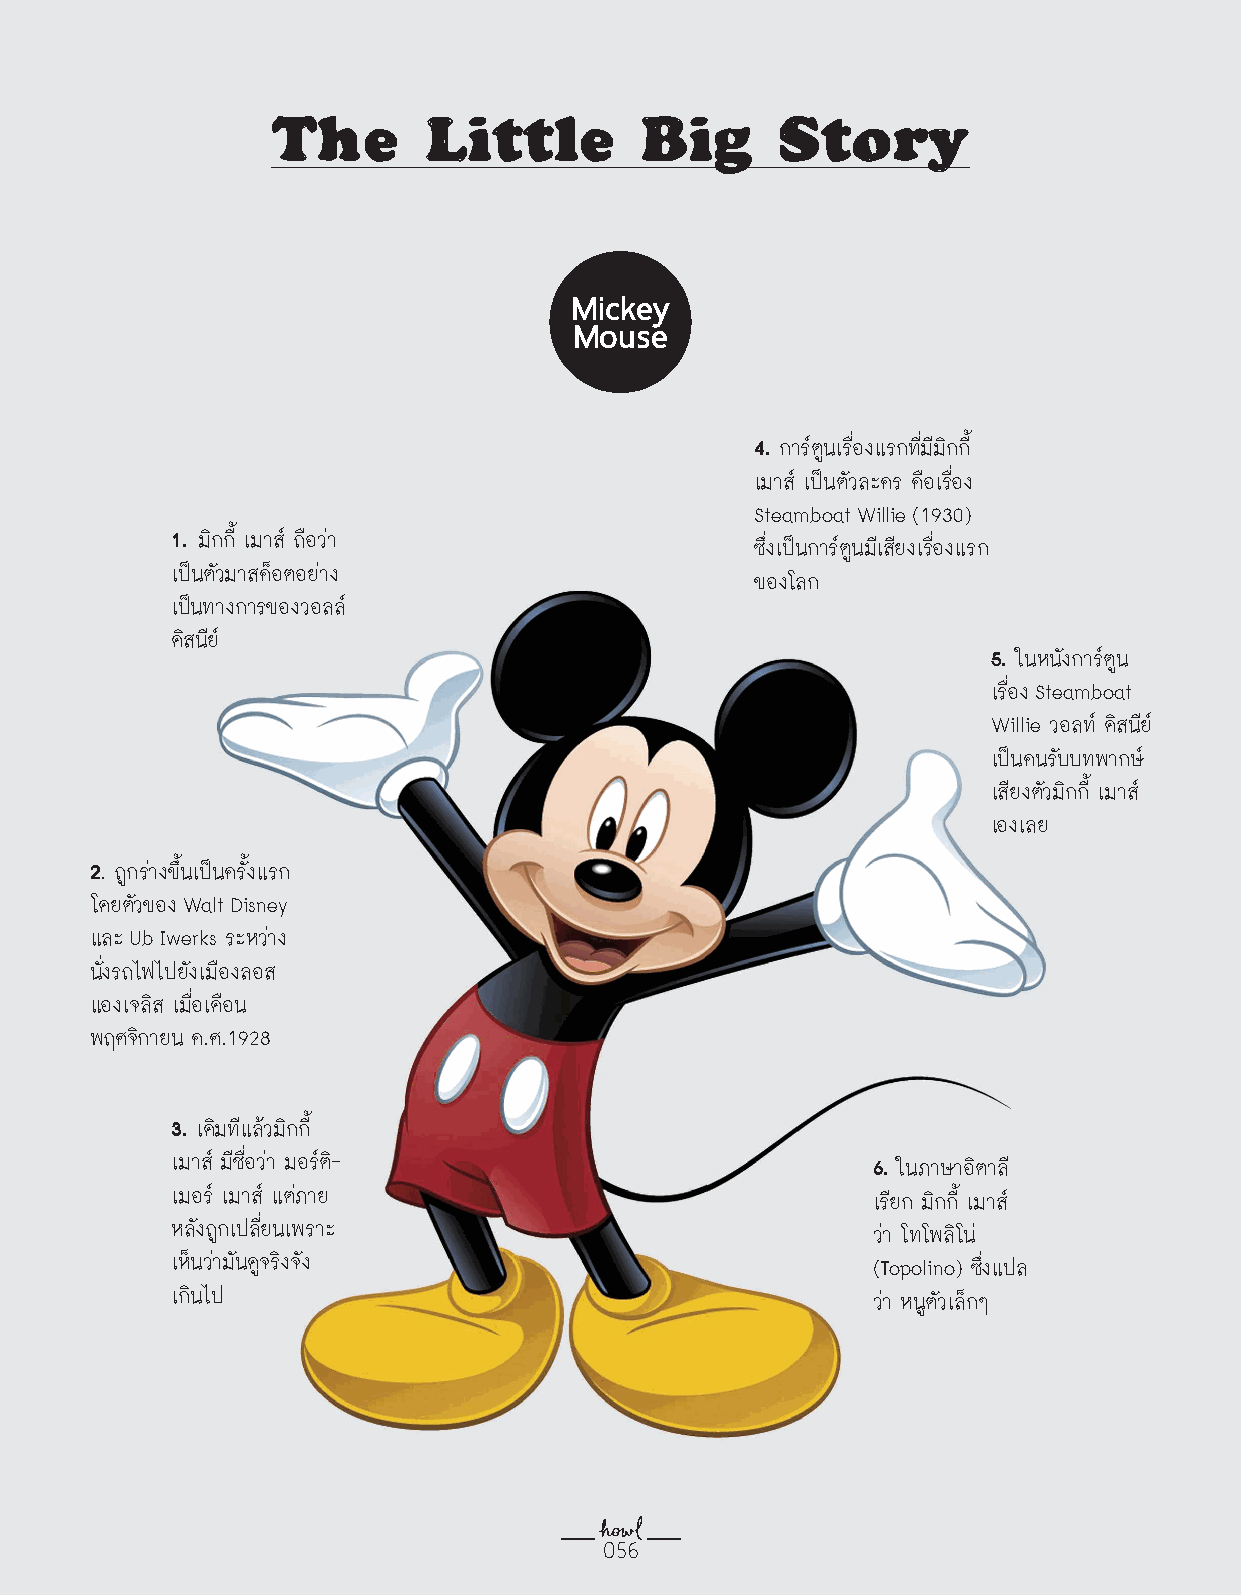
The       Little        Big      Story
 Mickey
 Mouse
 4.
 การ์ตูนเรื่องแรกที่มีมิกกี้
 เมาส์ เป็นตัวละคร คือเรื่อง
 Steamboat Willie (1930)
 1.
 มิกกี้ เมาส์ ถือว่า
 ซึ่งเป็นการ์ตูนมีเสียงเรื่องแรก
 เป็นตัวมาสค็อตอย่าง
 ของโลก
 เป็นทางการของวอลล์
 ดิสนีย์
 5.
 ในหนังการ์ตูน
 เรื่อง Steamboat
 Willie วอลท์ ดิสนีย์
 เป็นคนรับบทพากษ์
 เสียงตัวมิกกี้ เมาส์
 เองเลย
 2
 . ถูกร่างขึ้นเป็นครั้งแรก
 โดยตัวของ Walt Disney
 และ Ub Iwerks ระหว่าง
 นั่งรถไฟไปยังเมืองลอส
 แองเจลิส เมื่อเดือน
 พฤศจิกายน ค.ศ.1928
 3.
 เดิมทีแล้วมิกกี้
 เมาส์ มีชื่อว่า มอร์ติ-                        6. ในภาษาอิตาลี
 เมอร์ เมาส์ แต่ภาย                             เรียก มิกกี้ เมาส์
 หลังถูกเปลี่ยนเพราะ                            ว่า โทโพลิโน่
 เห็นว่ามันดูจริงจัง                            (Topolino) ซึ่งแปล
 เกินไป                                         ว่า หนูตัวเล็กๆ
 005566